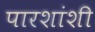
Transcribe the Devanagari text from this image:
पारशांशी